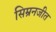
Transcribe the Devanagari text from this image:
सिम्रनजीत